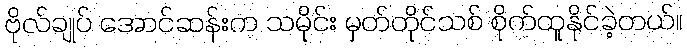
ဗိုလ်ချုပ် အောင်ဆန်းက သမိုင်း မှတ်တိုင်သစ် စိုက်ထူနိုင်ခဲ့တယ်။